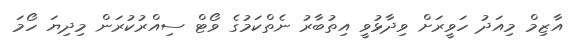
އާޒިމް މިއަދު ހަވީރަށް ވިދާޅުވީ އިތުބާރު ނެތްކަމުގެ ވޯޓް ސިއްރުކުރަން މިދިޔަ ހޯމަ